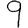
Digit: 9